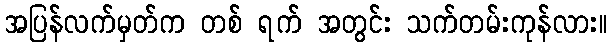
အပြန်လက်မှတ်က တစ် ရက် အတွင်း သက်တမ်းကုန်လား။